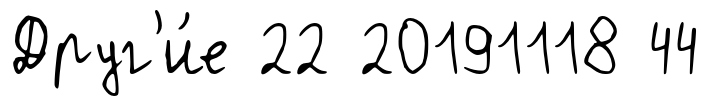
Друг'и́е 22 20191118 44